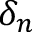
\delta _ { n }